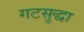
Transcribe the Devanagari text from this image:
गटसुद्धा